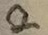
Text: 2